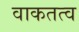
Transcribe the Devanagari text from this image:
वाकतत्व